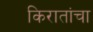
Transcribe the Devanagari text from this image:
किरातांचा